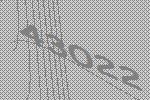
43022